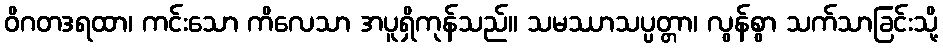
ဝိဂတဒရထာ၊ ကင်းသော ကိလေသာ အပူရှိကုန်သည်။ သမဿာသပ္ပတ္တာ၊ လွန်စွာ သက်သာခြင်းသို့